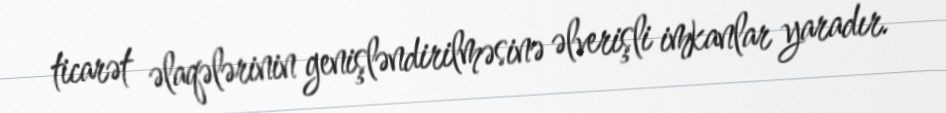
ticarət əlaqələrinin genişləndirilməsinə əlverişli imkanlar yaradır.